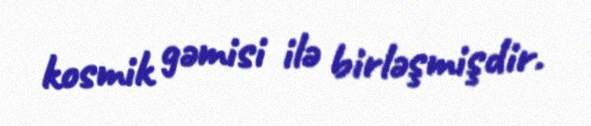
kosmik gəmisi ilə birləşmişdir.